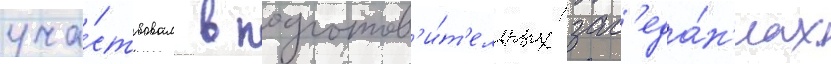
уча́ствовал в подготов'и́т'ельных зас'еда́н'иах